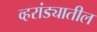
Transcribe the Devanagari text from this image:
व्हरांड्यातील